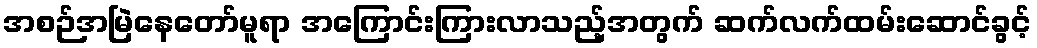
အစဉ်အမြဲနေတော်မူရာ အကြောင်းကြားလာသည့်အတွက် ဆက်လက်ထမ်းဆောင်ခွင့်